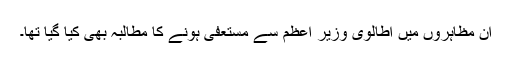
ان مظاہروں میں اطالوی وزیر اعظم سے مستعفی ہونے کا مطالبہ بھی کیا گیا تھا۔